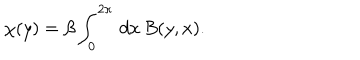
\chi ( y ) = \beta \int _ { 0 } ^ { 2 \pi } \, d x \, B ( y , x ) .